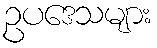
ဥပဒေသများ